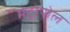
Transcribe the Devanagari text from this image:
मेट्रोपोल